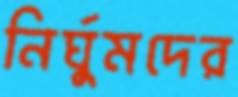
নির্ঘুমদের